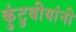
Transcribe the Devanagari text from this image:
कुंटुबीयांनी